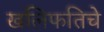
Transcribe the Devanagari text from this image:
खलिफतिचे